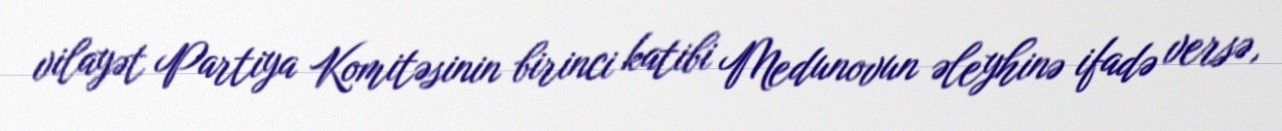
vilayət Partiya Komitəsinin birinci katibi Medunovun əleyhinə ifadə versə,